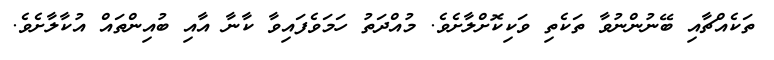
ތަކެއްޗާއި ބޭނުންނުވާ ތަކެތި ވަކިކޮށްލާށެވެ. މުއްދަތު ހަމަވެފައިވާ ކާނާ އާއި ބުއިންތައް އުކާލާށެވެ.